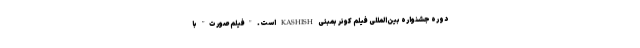
دوره جشنواره بین‌المللی فیلم کوئر بمبئی KASHISH است. "فیلم صورت" با